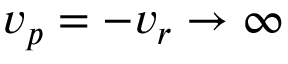
v _ { p } = - v _ { r } \to \infty